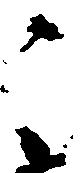
之